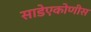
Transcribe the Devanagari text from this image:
साडेएकोणीस